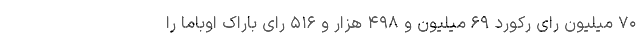
۷۰ میلیون رای رکورد ۶۹ میلیون و ۴۹۸ هزار و ۵۱۶ رای باراک اوباما را